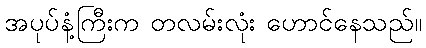
အပုပ်နံ့ကြီးက တလမ်းလုံး ဟောင်နေသည်။